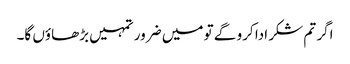
اگر تم شکر ادا کرو گے تو میں ضرور تمہیں بڑھاؤں گا۔